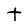
Character: t